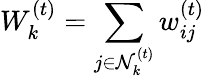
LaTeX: W_{k}^{(t)}=\sum_{j\in\mathcal{N}_{k}^{(t)}}w_{ij}^{(t)}